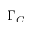
\Gamma _ { C }